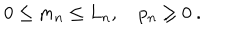
0 \le m _ { n } \le L _ { n } , \quad p _ { n } \ge 0 \ .